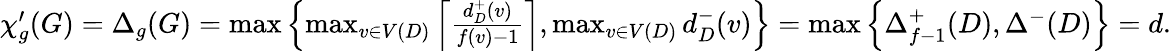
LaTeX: \begin{array}{r}{\chi_{g}^{\prime}(G)=\Delta_{g}(G)=\operatorname*{max}\left\{ \operatorname*{max}_{v\in V(D)}\left\lceil\frac{d_{D}^{+}(v)}{f(v)-1}\right\rceil,\operatorname*{max}_{v\in V(D)}d_{D}^{-}(v)\right\} =\operatorname*{max}\left\{ \Delta_{f-1}^{+}(D),\Delta^{-}(D)\right\} =d.}\end{array}